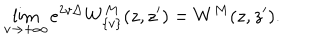
\lim _ { v \to { + \infty } } e ^ { 2 v \Delta } { W } _ { \{ v \} } ^ { M } ( z , z ^ { \prime } ) = { W } ^ { M } ( z , z ^ { \prime } ) .